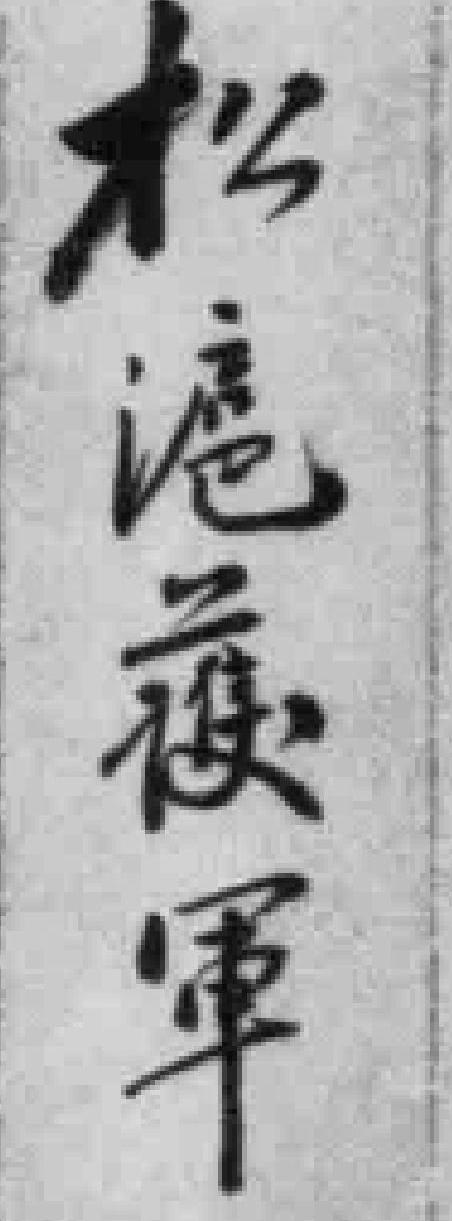
松滬*军